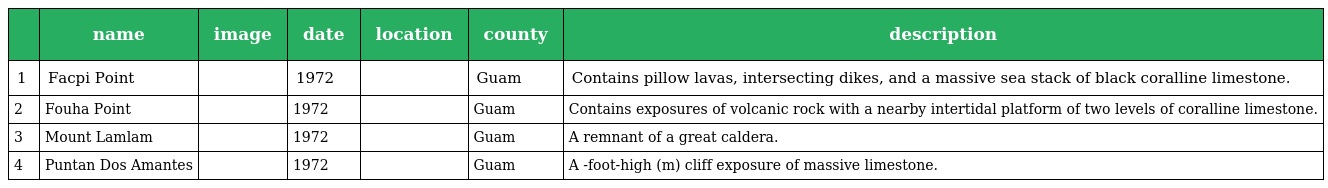
|  | name | image | date | location | county | description |
 | --- | --- | --- | --- | --- | --- | --- |
 | 1 | Facpi Point |  | 1972 |  | Guam | Contains pillow lavas, intersecting dikes, and a massive sea stack of black coralline limestone. |
 | 2 | Fouha Point |  | 1972 |  | Guam | Contains exposures of volcanic rock with a nearby intertidal platform of two levels of coralline limestone. |
 | 3 | Mount Lamlam |  | 1972 |  | Guam | A remnant of a great caldera. |
 | 4 | Puntan Dos Amantes |  | 1972 |  | Guam | A -foot-high (m) cliff exposure of massive limestone. |